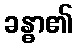
ခန္ဓာ၏